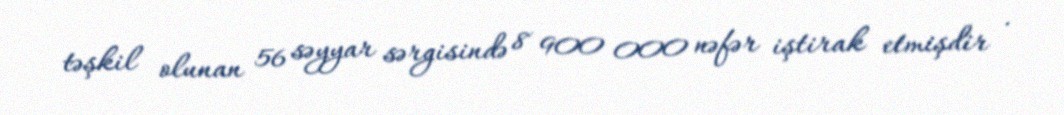
təşkil olunan 56 səyyar sərgisində 8 900 000 nəfər iştirak etmişdir .